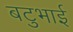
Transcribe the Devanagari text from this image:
बटुभाई